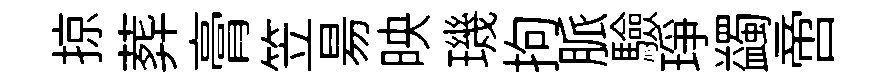
掠葬膏笠昜映璣拘脈驗琤蠲啻